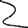
Digit: 2